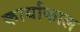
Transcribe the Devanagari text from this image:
कार्याकाल